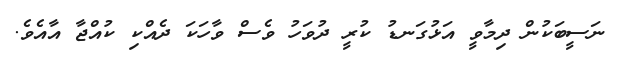
ނަސީބަކުން ދިމާވީ އަޅުގަނޑު ކުރީ ދުވަހު ވެސް ވާހަކަ ދެއްކި ކުއްޖާ އާއެވެ.